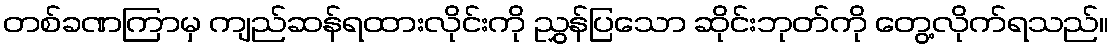
တစ်ခဏကြာမှ ကျည်ဆန်ရထားလိုင်းကို ညွှန်ပြသော ဆိုင်းဘုတ်ကို တွေ့လိုက်ရသည်။